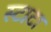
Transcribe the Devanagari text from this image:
स्टाटा